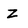
Character: Z